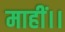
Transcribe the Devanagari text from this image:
माहीं।।